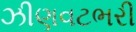
ઝીણવટભરી